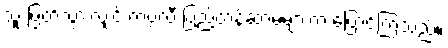
သူ ဖြတ်သွားလျှင် ကပ္ပလီ ပြည့်တန်ဆာမများက ပြောင်ကြသည်။